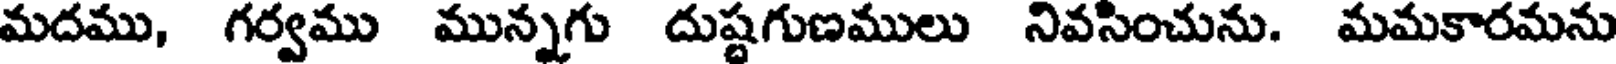
మదము, గర్వము మున్నగు దుష్టగుణములు నివసించును. మమకారమను